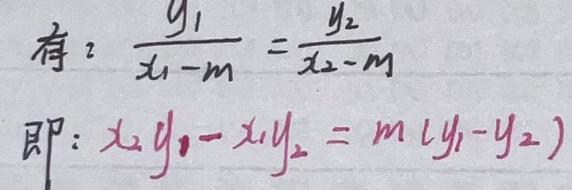
有\(\frac{y_1}{x_1 - m}=\frac{y_2}{x_2 - m}\)\\
即\( : x_2y_1 - x_1y_2 = m(y_1 - y_2)\)